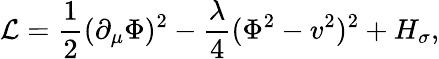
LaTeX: {\mathcal{L}}=\frac{1}{2}(\partial_{\mu}\Phi)^{2}-\frac{\lambda}{4}(\Phi^{2}-v^{2})^{2}+H_{\sigma},